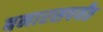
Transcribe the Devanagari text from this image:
बनारसपर्यंत